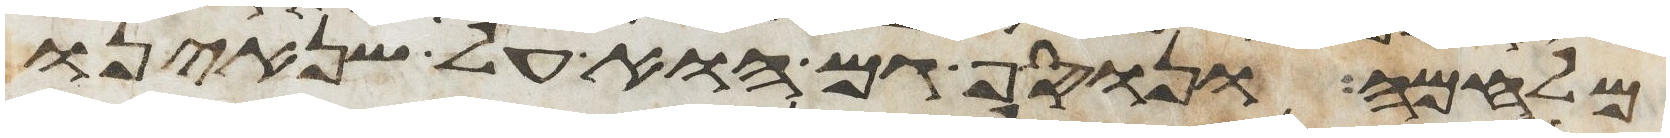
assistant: מלחמה ונוסף גם הוא על שנאינו